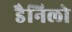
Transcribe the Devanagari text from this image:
डैनिलो